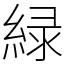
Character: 緑